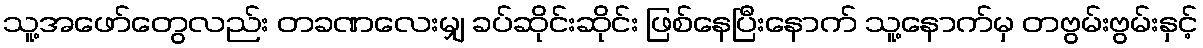
သူ့အဖော်တွေလည်း တခဏလေးမျှ ခပ်ဆိုင်းဆိုင်း ဖြစ်နေပြီးနောက် သူ့နောက်မှ တဗွမ်းဗွမ်းနှင့်